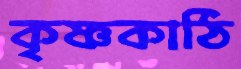
কৃষ্ণকাঠি